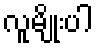
လူမျိုးပါ